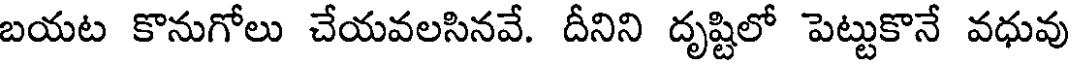
బయట కొనుగోలు చేయవలసినవే. దీనిని దృష్టిలో పెట్టుకొనే వధువు